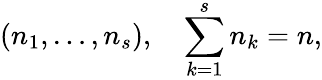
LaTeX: (n_{1},\ldots,n_{s}),\quad\sum_{k=1}^{s}n_{k}=n,